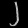
Digit: ၂